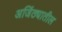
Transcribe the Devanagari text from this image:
अजिंठ्यातील